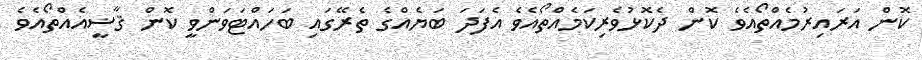
ކޮން އަރައިރުމެއްތޯއެވެ ކޮން ދެކޮޅުވެރިކަމެއްތޯއެވެ އެފަދަ ބަޔެއްގެ ތެރޭގައި ބަހައްޓަވަންވީ ކޮން ޤާޟީއެއްތޯއެވެ